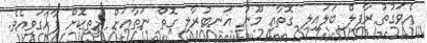
އެވަގުތު ރާފިލް ބަލައިލި ގޮތާއި މޫނު އަނބުރާލި ގޮތް ނަތާއަށް ރީތިކޮށް ފާހަގަވިއެވެ.